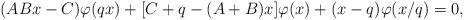
LaTeX: \begin{align*} (ABx-C)\varphi(qx) + [C+q-(A+B)x] \varphi(x) + (x-q) \varphi(x/q) = 0,\end{align*}